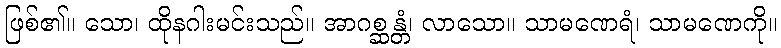
ဖြစ်၏။ သော၊ ထိုနဂါးမင်းသည်။ အာဂစ္ဆန္တံ၊ လာသော။ သာမဏေရံ၊ သာမဏေကို။